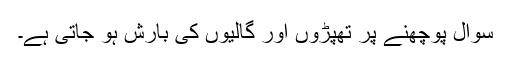
سوال پوچھنے پر تھپڑوں اور گالیوں کی بارش ہو جاتی ہے۔